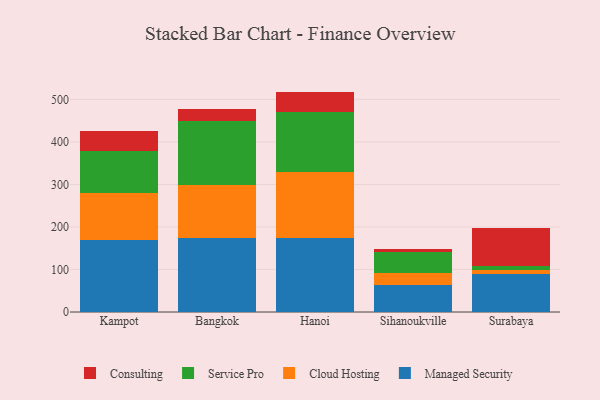
{"axis": {"x": "City", "y": "Page Views"}, "legend": ["Cloud Hosting", "Consulting", "Managed Security", "Service Pro"], "data": [{"x": "Kampot", "y": 169.7, "type": "Managed Security"}, {"x": "Kampot", "y": 111.1, "type": "Cloud Hosting"}, {"x": "Kampot", "y": 98.0, "type": "Service Pro"}, {"x": "Kampot", "y": 46.4, "type": "Consulting"}, {"x": "Bangkok", "y": 173.3, "type": "Managed Security"}, {"x": "Bangkok", "y": 126.0, "type": "Cloud Hosting"}, {"x": "Bangkok", "y": 148.9, "type": "Service Pro"}, {"x": "Bangkok", "y": 29.0, "type": "Consulting"}, {"x": "Hanoi", "y": 174.1, "type": "Managed Security"}, {"x": "Hanoi", "y": 155.0, "type": "Cloud Hosting"}, {"x": "Hanoi", "y": 142.3, "type": "Service Pro"}, {"x": "Hanoi", "y": 46.9, "type": "Consulting"}, {"x": "Sihanoukville", "y": 63.6, "type": "Managed Security"}, {"x": "Sihanoukville", "y": 27.4, "type": "Cloud Hosting"}, {"x": "Sihanoukville", "y": 50.8, "type": "Service Pro"}, {"x": "Sihanoukville", "y": 5.5, "type": "Consulting"}, {"x": "Surabaya", "y": 88.7, "type": "Managed Security"}, {"x": "Surabaya", "y": 10.6, "type": "Cloud Hosting"}, {"x": "Surabaya", "y": 7.8, "type": "Service Pro"}, {"x": "Surabaya", "y": 90.9, "type": "Consulting"}]}